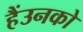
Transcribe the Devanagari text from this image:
हैंउनको